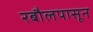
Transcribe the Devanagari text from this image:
रबौलपासून